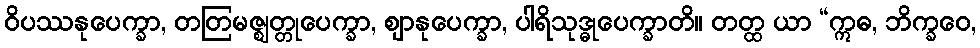
ဝိပဿနုပေက္ခာ, တတြမဇ္ဈတ္တုပေက္ခာ, ဈာနုပေက္ခာ, ပါရိသုဒ္ဓုပေက္ခာတိ။ တတ္ထ ယာ “ဣဓ, ဘိက္ခဝေ,